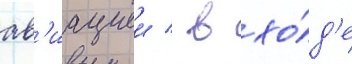
ав'иациеи / в хо́д'е